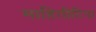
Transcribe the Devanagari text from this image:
माहितीटिपा